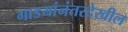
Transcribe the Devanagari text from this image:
गाडयांनंतरदेखील